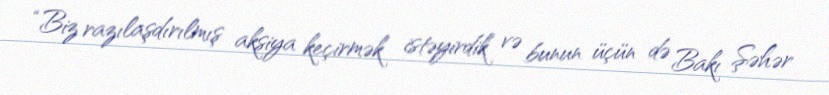
“Biz razılaşdırılmış aksiya keçirmək istəyirdik və bunun üçün də Bakı Şəhər